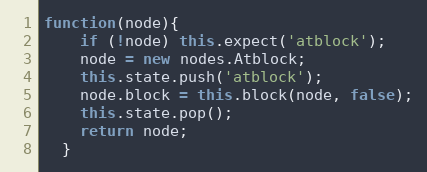
Language: JavaScript
function(node){
    if (!node) this.expect('atblock');
    node = new nodes.Atblock;
    this.state.push('atblock');
    node.block = this.block(node, false);
    this.state.pop();
    return node;
  }